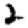
Digit: 2